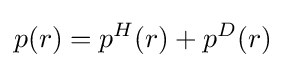
p(r)=p^{H}(r)+p^{D}(r)